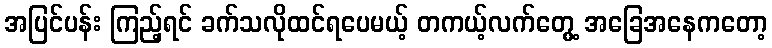
အပြင်ပန်း ကြည့်ရင် ခက်သလိုထင်ရပေမယ့် တကယ့်လက်တွေ့ အခြေအနေကတော့